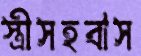
স্ত্রীসহবাস